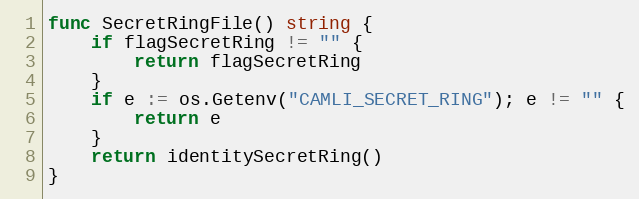
Language: Go
func SecretRingFile() string {
	if flagSecretRing != "" {
		return flagSecretRing
	}
	if e := os.Getenv("CAMLI_SECRET_RING"); e != "" {
		return e
	}
	return identitySecretRing()
}